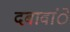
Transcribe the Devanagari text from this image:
दबावांे